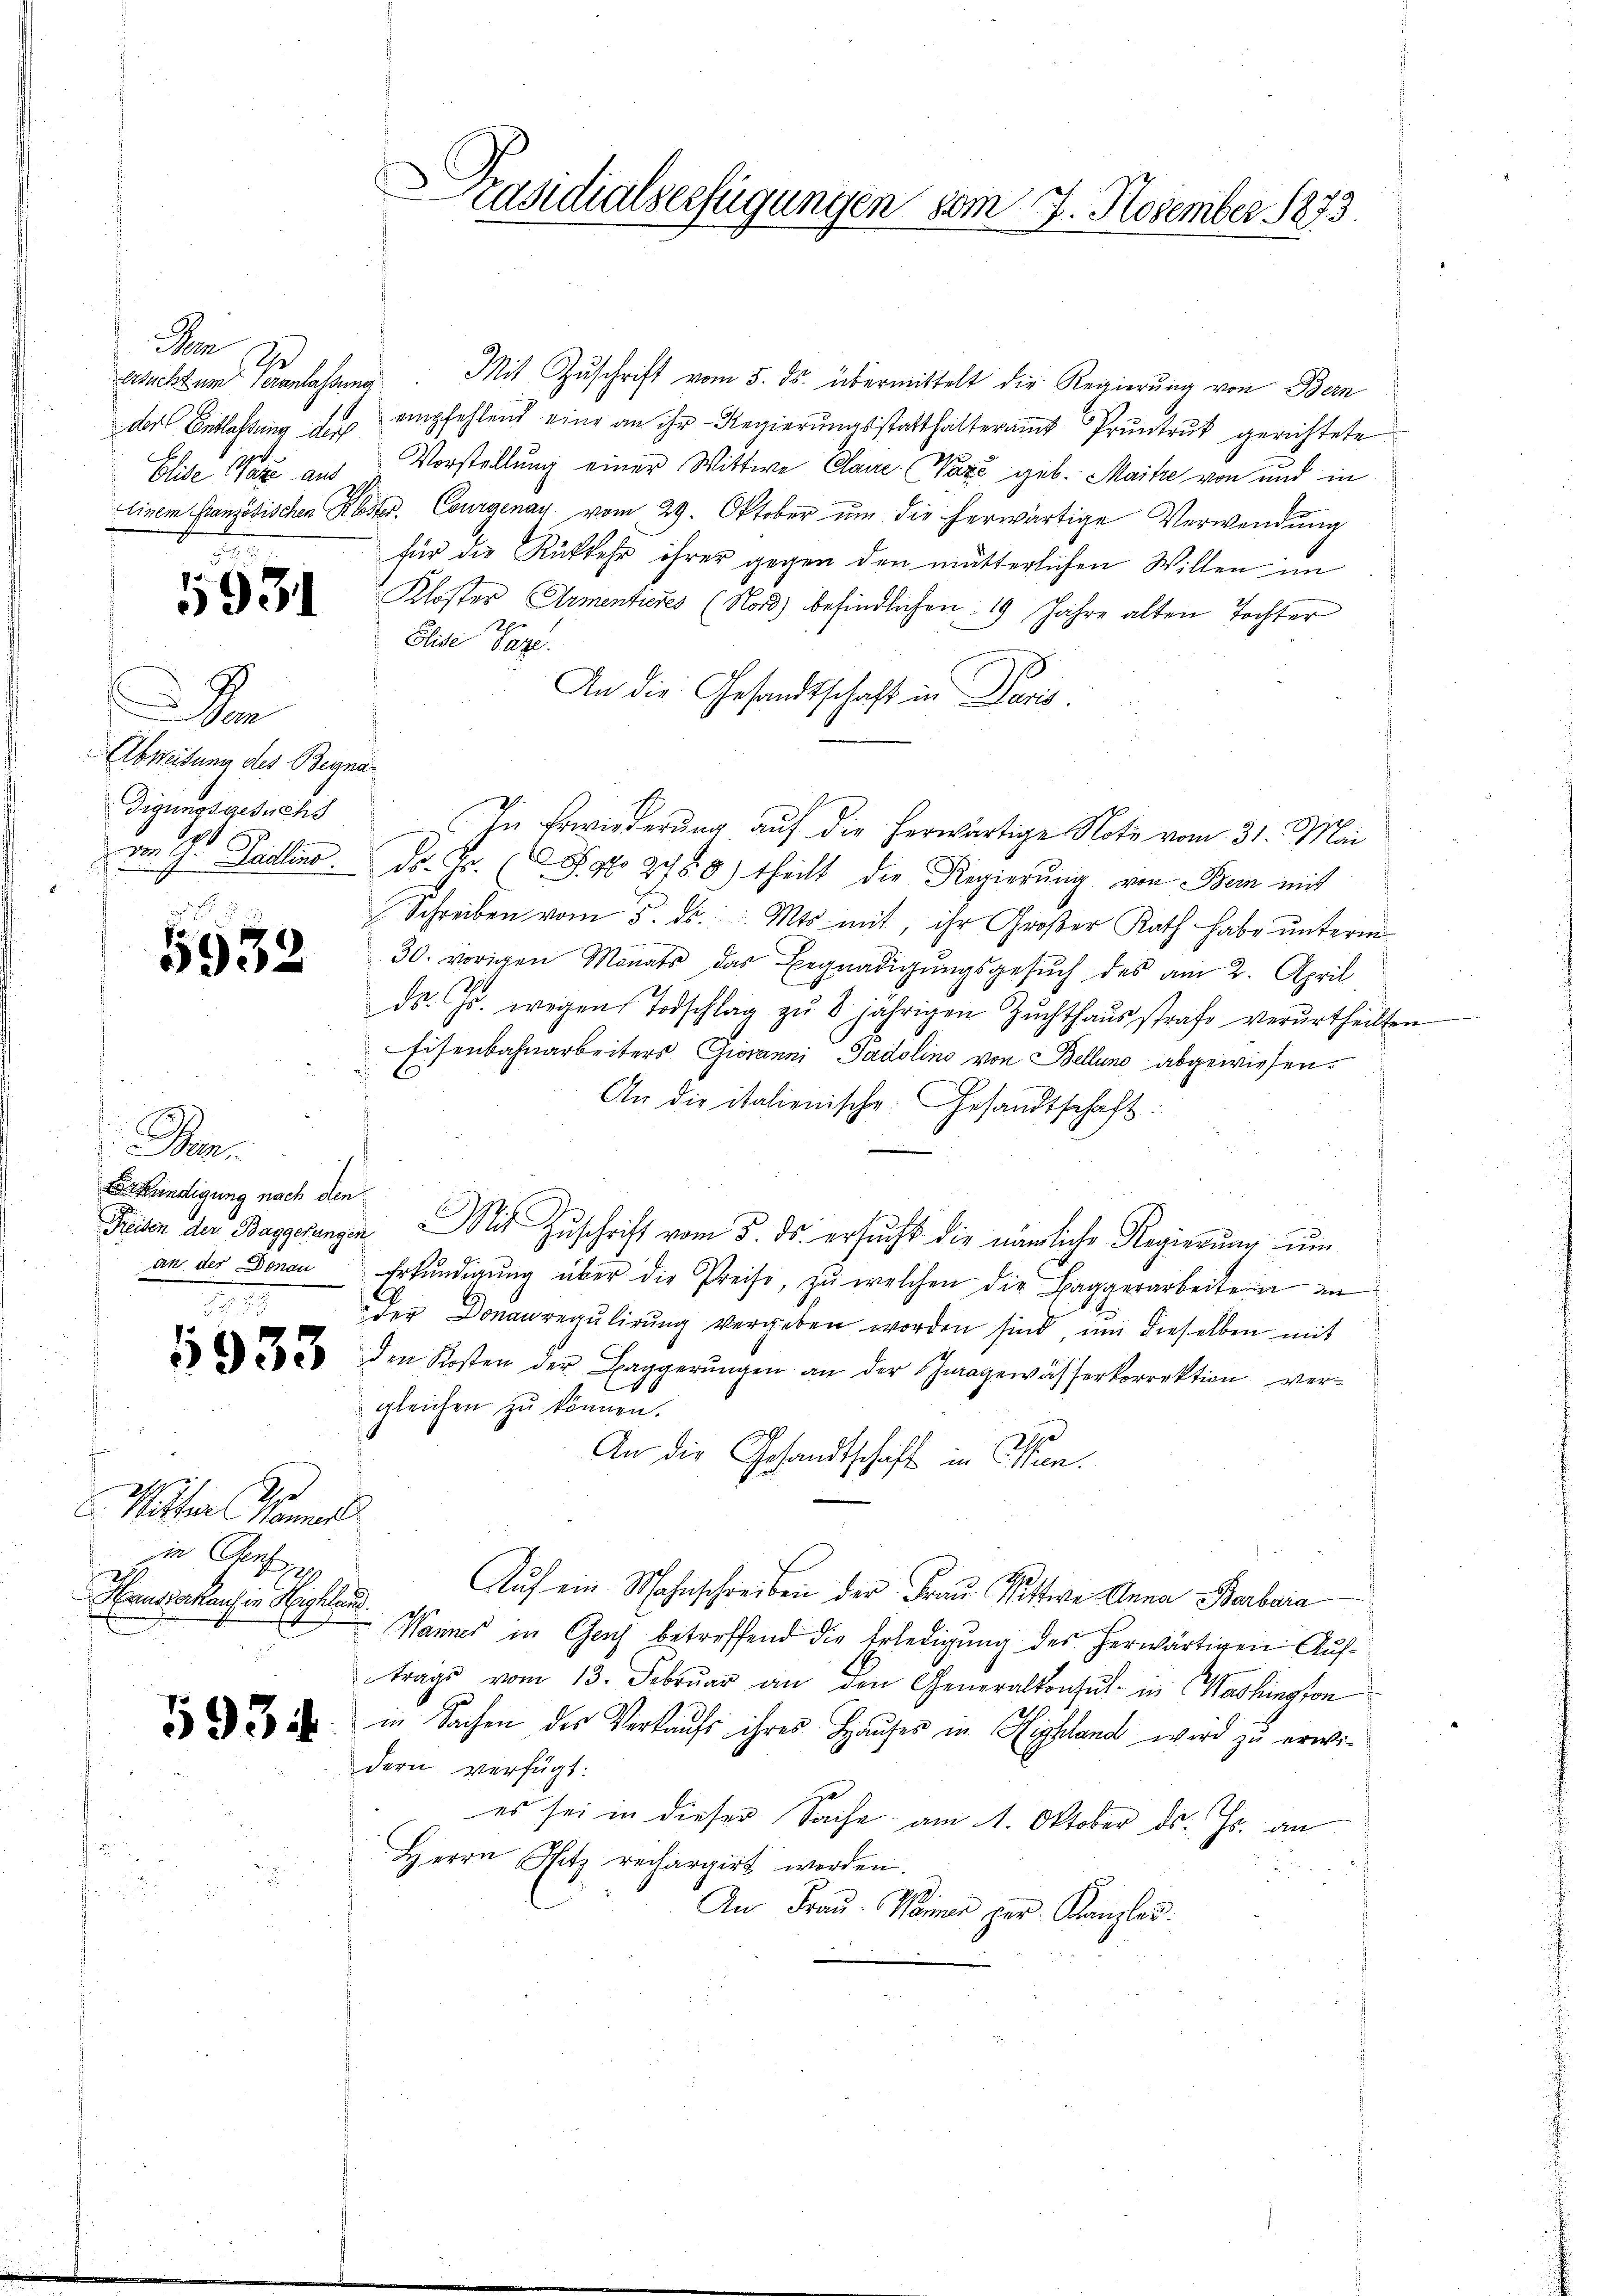
Den
2
Ersucht um Veranlassung
Dor Entlassung der

5931

Am
Abweisung des Begnar
digungsgesuchs

5932

Bein.
Erkundigung nach den
1

f
e
Witter Manne
in Genf
Hauskauf in Highland.

Präsidialserfügungen vom 7. November 1873.

Mit Zuschrift vom 5. ds. übermittelt die Regierung von Bern
empfehlend eine an ihr Regierŭngsstatthalteramt Pruntruk gerichtete
Elise Ware auf Vorstellung einer Wittwe Claue Paze geb. Maike von und in
Einem französischen Kloster. Courgenay vom 29. Oktober ŭm die herwärtige Verwendung
für die Rückkehr ihrer gegen den mütterlichen Willen im
Kloster Armenticres (Nord) befindlichen 19 Jahre alten Tochter
Elise Paze.
An die Gesandtschaft in Paris.
Die Erwiederung auf die herwärtige Note vom 31. Mai
von G. Padlino. Dr. Fr. (Sato 2488) theilt die Regierung von Bern mit
Schreiben vom 5. ds. Mts. mit, ihr Großer Rath habe unterm
30. vorigen Monats das Begnadigŭngsgesŭch des am 2. April
ds. Js. wegen Todschlag zŭ 8 jährigen Zŭchthaŭsstrafe verurtheilten
Eisenbahnarbeiters Giovanni Gadolino von Bellung abgewiesen.
An die italienische Gesandtschaft.
Freier der Baggelangen. Mit Zŭschrift vom 5. ds. ersŭcht die nämliche Regierŭng ŭm
an der Donau, Erkŭndigŭng über die Preise, zŭ welchen die Baggerarbeiten an
der Donauregulirung vergeben worden sind, um dieselben mit
 22 den Kosten der Bangerŭngen an der Inagewässerkorrektion ver-
E
14
gleichen zŭ können.
An die Gesandtschaft in an.
Aŭf ein Wahnschreiben der Frau Wittwe Anna Barbara
Wannes in Gaus betreffend die Erledigung des herwärtigen Auftrage vom 13. Febrŭar an den Generalkonsul in Washington
22 in Sachen des Verkaŭfs ihres Haŭses in Highland wird zu erwidern verfügt:
es sei in dieser Sache am 1. Oktober ds. Js. an
Herrn Sitz rechargirt worden.
An Frau Weiner per Kanzlei.